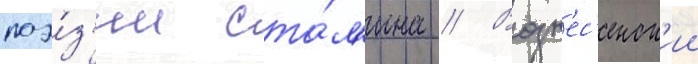
поэ́з'ии ста́л'ина // Возн'ес'енск'ии